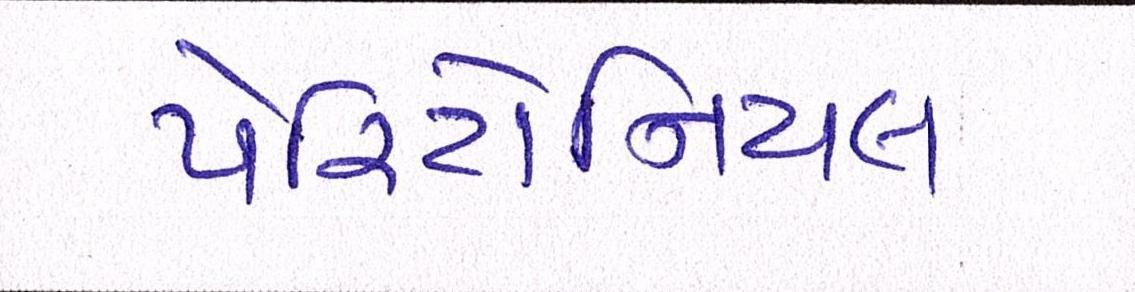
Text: પેરિટોનિયલ